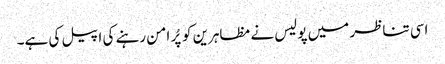
اسی تناظر میں پولیس نے مظاہرین کو پُر امن رہنے کی اپیل کی ہے۔